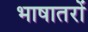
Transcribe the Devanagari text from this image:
भाषातरों